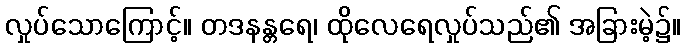
လှုပ်သောကြောင့်။ တဒနန္တရေ၊ ထိုလေရေလှုပ်သည်၏ အခြားမဲ့၌။